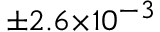
^ { \pm 2 . 6 \times 1 0 ^ { - 3 } }